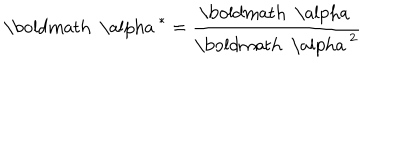
LaTeX: { \mathrm { \boldmath ~ \ a l p h a ~ } } ^ { * } = { \frac { \mathrm { \boldmath ~ \ a l p h a ~ } } { { \mathrm { \boldmath ~ \ a l p h a ~ } } ^ { 2 } } }